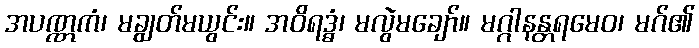
အပဏ္ဏကံ၊ မချွတ်မယွင်း။ အဝိရဒ္ဓံ၊ မလွဲမချော်။ မဂ္ဂါနန္တရမေဝ၊ မဂ်၏